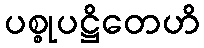
ပစ္စုပဋ္ဌိတေဟိ